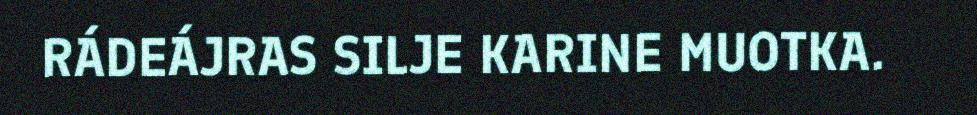
RÁDEÁJRAS SILJE KARINE MUOTKA.